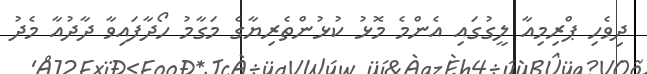
ދިވެހި ޕްރިމިއާ ލީގުގައި އެންމެ މޮޅު ކުޅުންތެރިޔާގެ މަގާމު ހޯދާފައިވާ ދާދުއާ މެދު